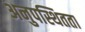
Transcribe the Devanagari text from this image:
अनुपस्थितता